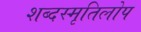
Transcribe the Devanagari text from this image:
शब्दस्मृतिलोप